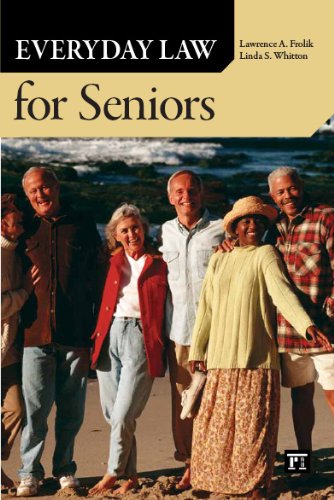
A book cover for Everyday Law for Seniors; Lawrence A. Frolik; Law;